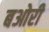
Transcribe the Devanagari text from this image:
बओरी